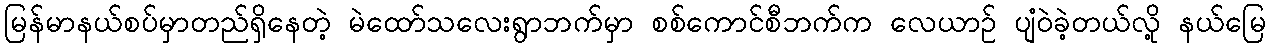
မြန်မာနယ်စပ်မှာတည်ရှိနေတဲ့ မဲထော်သလေးရွာဘက်မှာ စစ်ကောင်စီဘက်က လေယာဉ် ပျံဝဲခဲ့တယ်လို့ နယ်မြေ